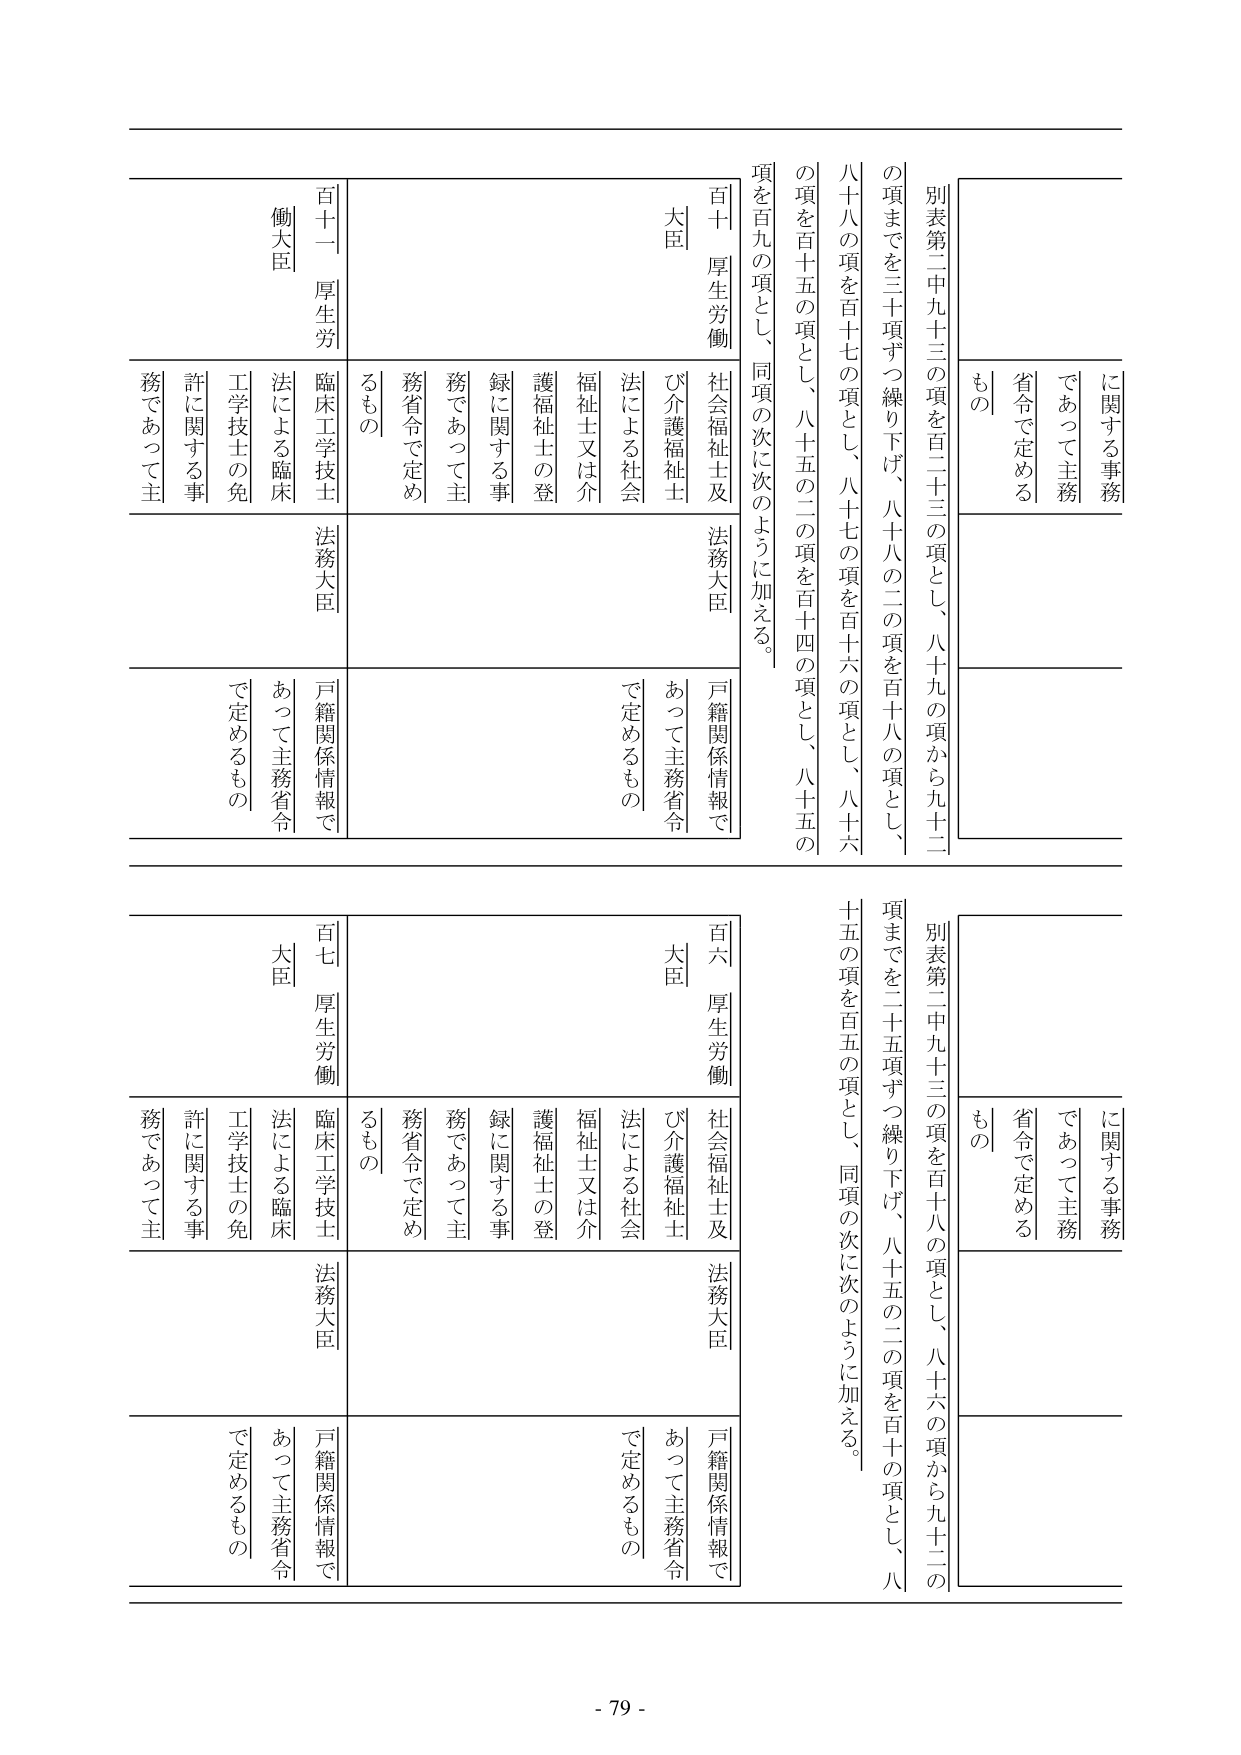
別表第二中九十三の項を百二十三の項とし、八十九の項から九十二の項までを三十項ずつ繰り下げ、八十八の二の項を百十八の項とし、八十八の項を百十七の項とし、八十七の項を百十六の項とし、八十六の項を百十五の項とし、八十五の二の項を百十四の項とし、八十五の項を百九の項とし、同項の次に次のように加える。

百十 厚生労働大臣
社会福祉士及び介護福祉士法による社会福祉士又は介護福祉士の登録に関する事務であって主務省令で定めるもの

百十一 厚生労働大臣
臨床工学技士法による臨床工学技士の免許に関する事務であって主務省令で定めるもの

法務大臣
戸籍関係情報であって主務省令で定めるもの

別表第二中九十三の項を百十八の項とし、八十六の項から九十二の項までを二十五項ずつ繰り下げ、八十五の二の項を百十の項とし、八十五の項を百五の項とし、同項の次に次のように加える。

百六 厚生労働大臣
社会福祉士及び介護福祉士法による社会福祉士又は介護福祉士の登録に関する事務であって主務省令で定めるもの

百七 厚生労働大臣
臨床工学技士法による臨床工学技士の免許に関する事務であって主務省令で定めるもの

法務大臣
戸籍関係情報であって主務省令で定めるもの

- 79 -